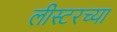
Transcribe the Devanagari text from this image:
लीस्टरच्या